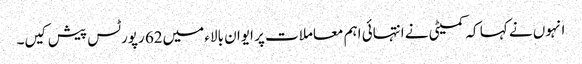
انہوں نے کہا کہ کمیٹی نے انتہائی اہم معاملات پر ایوان بالاء میں62 رپورٹس پیش کیں۔